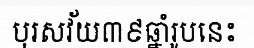
បុរសវ័យ៣៩ឆ្នាំរូបនេះ